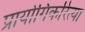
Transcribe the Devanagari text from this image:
प्रायोगिकरित्या